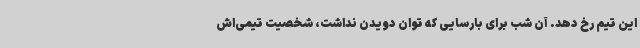
این تیم رخ دهد. آن شب برای بارسایی که توان دویدن نداشت، شخصیت تیمی‌اش